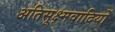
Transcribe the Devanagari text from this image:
अतिसूक्ष्मवादियों